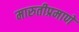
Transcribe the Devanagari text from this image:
मारुतीप्रमाणे